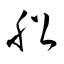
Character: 船